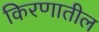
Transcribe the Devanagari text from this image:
किरणातील